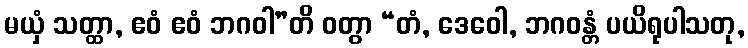
မယှံ သတ္ထာ, ဧဝံ ဧဝံ ဘဂဝါ”တိ ဝတွာ “တံ, ဒေဝေါ, ဘဂဝန္တံ ပယိရုပါသတု,